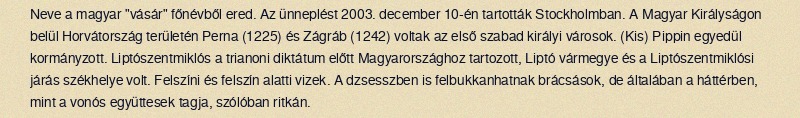
Neve a magyar "vásár" főnévből ered. Az ünneplést 2003. december 10-én tartották Stockholmban. A Magyar Királyságon belül Horvátország területén Perna (1225) és Zágráb (1242) voltak az első szabad királyi városok. (Kis) Pippin egyedül kormányzott. Liptószentmiklós a trianoni diktátum előtt Magyarországhoz tartozott, Liptó vármegye és a Liptószentmiklósi járás székhelye volt. Felszíni és felszín alatti vizek. A dzsesszben is felbukkanhatnak brácsások, de általában a háttérben, mint a vonós együttesek tagja, szólóban ritkán.